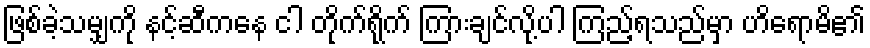
ဖြစ်ခဲ့သမျှကို နင့်ဆီကနေ ငါ တိုက်ရိုက် ကြားချင်လို့ပါ ကြည့်ရသည်မှာ ဟိရောမိ၏